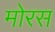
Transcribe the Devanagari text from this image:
मोरस